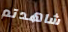
شاهدتم